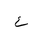
Letter: _ayn